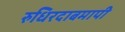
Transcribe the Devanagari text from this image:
रुधिरदाबमापी